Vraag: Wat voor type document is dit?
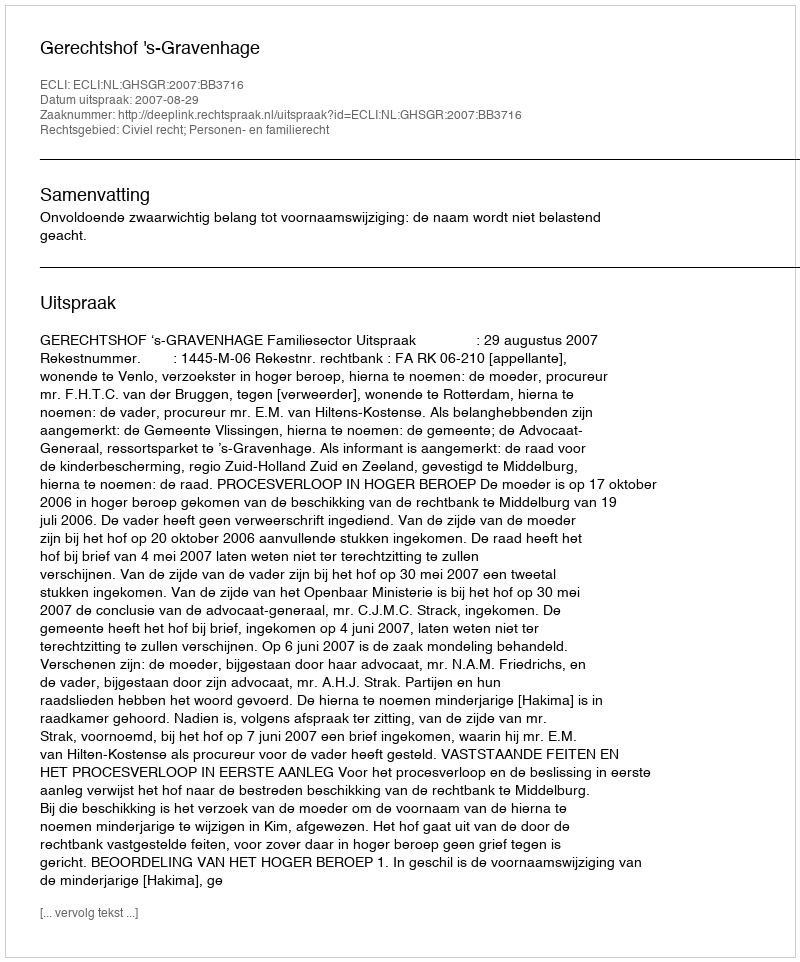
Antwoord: Uitspraak